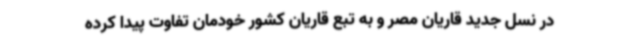
در نسل جدید قاریان مصر و به تبع قاریان کشور خودمان تفاوت پیدا کرده